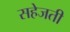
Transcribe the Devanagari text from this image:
सहेजती